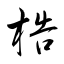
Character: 梏